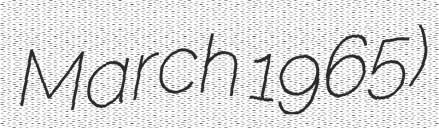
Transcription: March 1965)